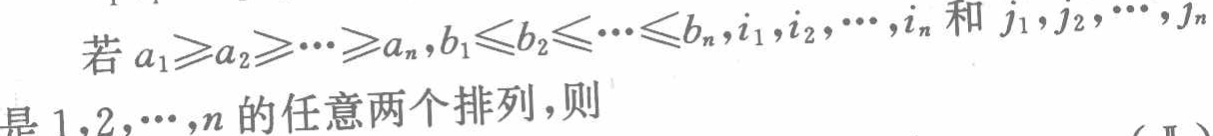
若 \(a_{1}\geqslant a_{2}\geqslant\cdots\geqslant a_{n},b_{1}\leqslant b_{2}\leqslant\cdots\leqslant b_{n},i_{1},i_{2},\cdots,i_{n}\) 和 \(j_{1},j_{2},\cdots,j_{n}\) 是 \(1,2,\cdots,n\) 的任意两个排列，则